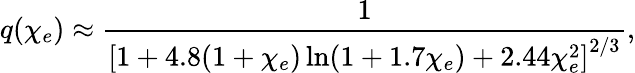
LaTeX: q(\chi_{e})\approx\frac{1}{\left[1+4.8(1+\chi_{e})\ln(1+1.7\chi_{e})+2.44\chi_{e}^{2}\right]^{2/3}},